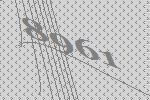
8961